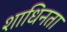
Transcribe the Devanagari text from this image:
शाधिनता